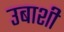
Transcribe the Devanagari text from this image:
उबाशी